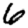
Digit: 6